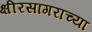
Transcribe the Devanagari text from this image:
क्षीरसागराच्या